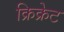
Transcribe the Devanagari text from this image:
क्रिक्रेट